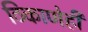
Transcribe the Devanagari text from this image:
ठिकाणेही